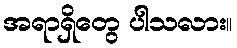
အရာရှိတွေ ပါသလား။